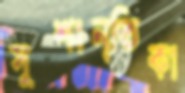
সুশান্তিকা